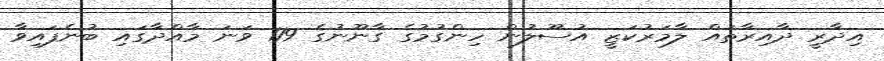
އިދާރީ ދާއިރާތައް ލާމަރުކަޒީ އުސޫލުން ހިންގުމުގެ ގާނޫނުގެ 119 ވަނަ މާއްދާގައި ބުނެފައިވާ